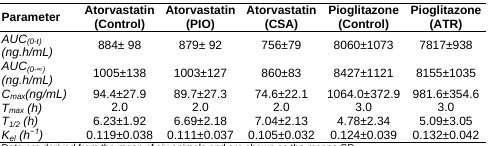
<table><thead><tr><td><b>Parameter</b></td><td><b>Atorvastatin (Control)</b></td><td><b>Atorvastatin (PIO)</b></td><td><b>Atorvastatin (CSA)</b></td><td><b>Pioglitazone (Control)</b></td><td><b>Pioglitazone (ATR)</b></td></tr></thead><tbody><tr><td><i>AUC<sub>(0-t)</sub> (ng.h/mL)</i></td><td>884±98</td><td>879±92</td><td>756±79</td><td>8060±1073</td><td>7817±938</td></tr><tr><td><i>AUC<sub>(0-∞)</sub> (ng.h/mL)</i></td><td>1005±138</td><td>1003±127</td><td>860±83</td><td>8427±1121</td><td>8155±1035</td></tr><tr><td><i>C<sub>max</sub>(ng/mL)</i></td><td>94.4±27.9</td><td>89.7±27.3</td><td>74.6±22.1</td><td>1064.0±372.9</td><td>981.6±354.6</td></tr><tr><td><i>T<sub>max</sub> (h)</i></td><td>2.0</td><td>2.0</td><td>2.0</td><td>3.0</td><td>3.0</td></tr><tr><td><i>T<sub>1/2</sub></i></td><td>6.23±1.92</td><td>6.69±2.18</td><td>7.04±2.13</td><td>4.78±2.34</td><td>5.09±3.05</td></tr><tr><td><i>K<sub>el</sub> (h<sup>-</sup>)</i></td><td>0.119±0.038</td><td>0.111±0.037</td><td>0.105±0.032</td><td>0.124±0.039</td><td>0.132±0.042</td></tr></tbody></table>